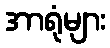
အာရုံများ